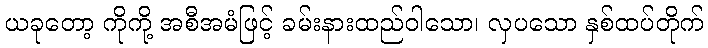
ယခုတော့ ကိုကို့ အစီအမံဖြင့် ခမ်းနားထည်ဝါသော၊ လှပသော နှစ်ထပ်တိုက်